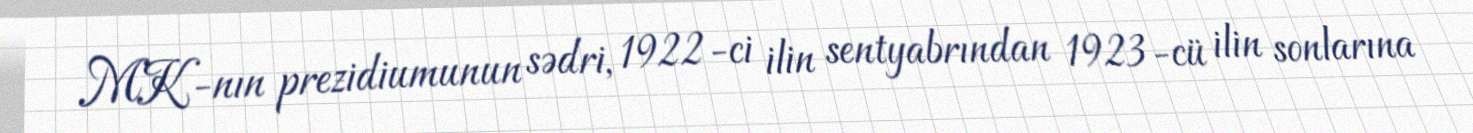
MK-nın prezidiumunun sədri, 1922-ci ilin sentyabrından 1923-cü ilin sonlarına